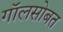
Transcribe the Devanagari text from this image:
गॉलसोबत